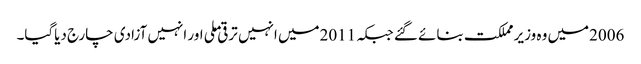
2006میں وہ وزیر مملکت بنائے گئے جبکہ 2011میں انہیں ترقی ملی اور انہیں آزادی چارج دیاگیا۔